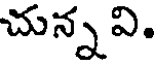
చున్న వి.